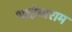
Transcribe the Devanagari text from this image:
भाईयाराम